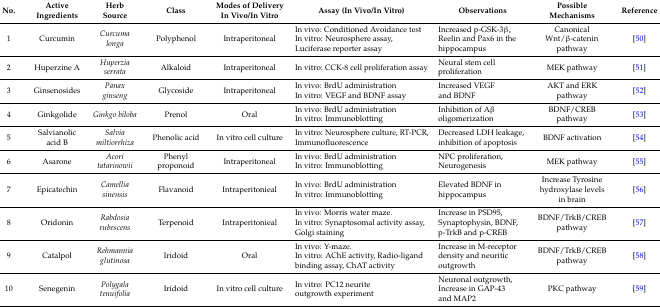
| No. | Active Ingredients | Herb Source | Class | Modes of Delivery In Vivo/In Vitro | Assay (In Vivo/In Vitro) | Observations | Possible Mechanisms | Reference |
 | --- | --- | --- | --- | --- | --- | --- | --- | --- |
 | 1 | Curcumin | Curcuma longa | Polyphenol | Intraperitoneal | In vivo: Conditioned Avoidance test In vitro: Neurosphere assay, Luciferase reporter assay | Increased p-GSK-3β, Reelin and Pax6 in the hippocampus | Canonical Wnt/β-catenin pathway | [50] |
 | 2 | Huperzine A | Huperzia serrata | Alkaloid | Intraperitoneal | In vitro: CCK-8 cell proliferation assay | Neural stem cell proliferation | MEK pathway | [51] |
 | 3 | Ginsenosides | Panax ginseng | Glycoside | Intraperitoneal | In vivo: BrdU administration In vitro: VEGF and BDNF assay | Increased VEGF and BDNF | AKT and ERK pathway | [52] |
 | 4 | Ginkgolide | Ginkgo biloba | Prenol | Oral | In vivo: BrdU administration In vitro: Immunoblotting | Inhibition of Aβ oligomerization | BDNF/CREB pathway | [53] |
 | 5 | Salvianolic acid B | Salvia miltiorrhiza | Phenolic acid | In vitro cell culture | In vitro: Neurosphere culture, RT-PCR, Immunofluorescence | Decreased LDH leakage, inhibition of apoptosis | BDNF activation | [54] |
 | 6 | Asarone | Acori tatarinowii | Phenyl proponoid | Intraperitoneal | In vivo: BrdU administration In vitro: Immunoblotting | NPC proliferation, Neurogenesis | MEK pathway | [55] |
 | 7 | Epicatechin | Camellia sinensis | Flavanoid | Intraperitonieal | In vivo: BrdU administration In vitro: Immunoblotting | Elevated BDNF in hippocampus | Increase Tyrosine hydroxylase levels in brain | [56] |
 | 8 | Oridonin | Rabdosia rubescens | Terpenoid | Intraperitonieal | In vivo: Morris water maze. In vitro: Synaptosomal activity assay, Golgi staining | Increase in PSD95, Synaptophysin, BDNF, p-TrkB and p-CREB | BDNF/TrkB/CREB pathway | [57] |
 | 9 | Catalpol | Rehmannia glutinosa | Iridoid | Oral | In vivo: Y-maze. In vitro: AChE activity, Radio-ligand binding assay, ChAT activity | Increase in M-receptor density and neuritic outgrowth | BDNF/TrkB/CREB pathway | [58] |
 | 10 | Senegenin | Polygala tenuifolia | Iridoid | In vitro cell culture | In vitro: PC12 neurite outgrowth experiment | Neuronal outgrowth, Increase in GAP-43 and MAP2 | PKC pathway | [59] |